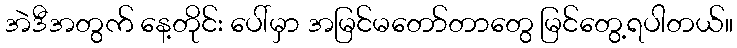
အဲဒီအတွက် နေ့တိုင်း ပေါ်မှာ အမြင်မတော်တာတွေ မြင်တွေ့ရပါတယ်။